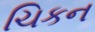
ચિકન